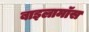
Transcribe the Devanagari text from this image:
बाइलामॉस